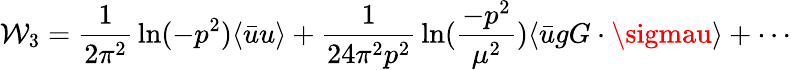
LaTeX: \mathcal{W}_{3}={\frac{{1}}{{2\pi^{2}}}}\ln(-p^{2})\langle\bar{{u}}u\rangle+{\frac{{1}}{{24\pi^{2}p^{2}}}}\ln({\frac{{-p^{2}}}{{\mu^{2}}}})\langle\bar{{u}}gG\cdot\sigmau\rangle+\cdots